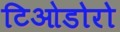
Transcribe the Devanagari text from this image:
टिओडोरो